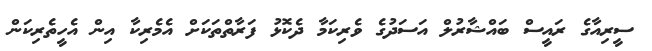
ސީރިއާގެ ރައީސް ބައްޝާރުލް އަސަދުގެ ވެރިކަމާ ދެކޮޅު ފަރާތްތަކަށް އެމެރިކާ އިން އެހީތެރިކަން